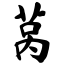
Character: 莴